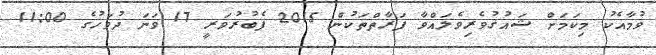
ވުމާއެކު މިކަމަށް ޝައުޤުވެރިވެލައްވާ ފަރާތްތަކުން 2015 ފެބުރުވަރީ 17 ވަނަ ދުވަހުގެ 11:00